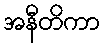
အနီတိကာ